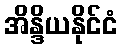
အိန္ဒိယနိုင်ငံ